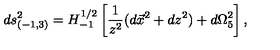
d s _ { ( - 1 , 3 ) } ^ { 2 } = H _ { - 1 } ^ { 1 / 2 } \left[ { \frac { 1 } { z ^ { 2 } } } ( d \vec { x } ^ { 2 } + d z ^ { 2 } ) + d \Omega _ { 5 } ^ { 2 } \right] ,